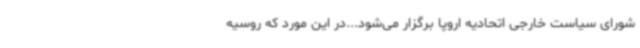
شورای سیاست خارجی اتحادیه اروپا برگزار می‌شود...در این مورد که روسیه